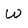
Character: W